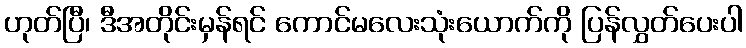
ဟုတ်ပြီ၊ ဒီအတိုင်းမှန်ရင် ကောင်မလေးသုံးယောက်ကို ပြန်လွှတ်ပေးပါ